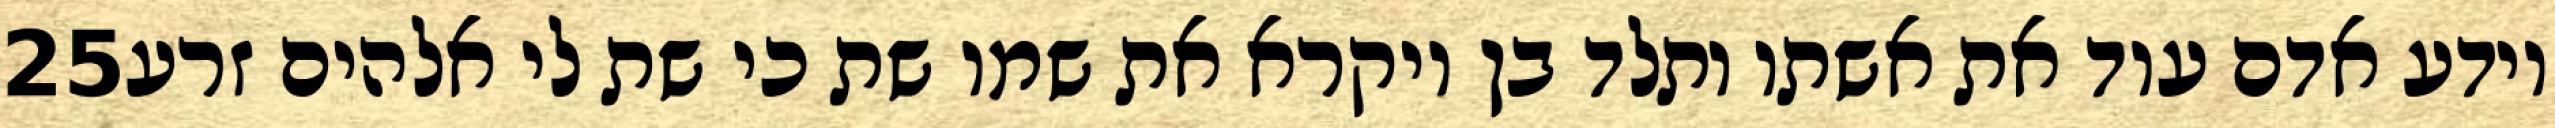
‎25‏ וידע אדם עוד את אשתו ותלד בן ויקרא את שמו שת כי שת לי אלהים זרע